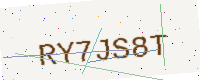
Text: RY7JS8T